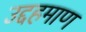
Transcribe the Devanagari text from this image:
उद्दहमाण